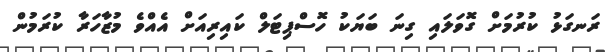
ރަނގަޅު ކުރުމަށް ގޮވަލައި ގިނަ ބަޔަކު ހޮސްޕިޓަލް ކައިރިއަށް އެއްވެ މުޒާހަރާ ކުރަމުން